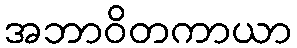
အဘာဝိတကာယာ